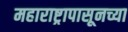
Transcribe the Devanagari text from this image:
महाराष्ट्रापासूनच्या